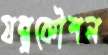
যন্ত্রকৌশল